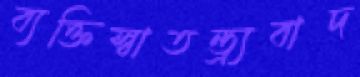
ব্যক্তিস্বাতন্ত্র্যবাদ